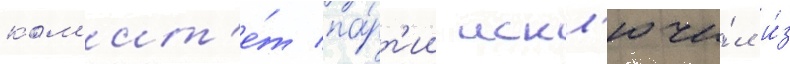
ком'ит'е́т па́рт'ии искл'ючи́л и́з